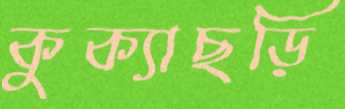
কুক্যাছড়ি